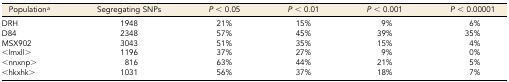
<table><thead><tr><td><b>Population<i><sup>a</sup></i></b></td><td><b>Segregating SNPs</b></td><td><b><i>P</i> &lt; 0.05</b></td><td><b><i>P</i> &lt; 0.01</b></td><td><b><i>P</i> &lt; 0.001</b></td><td><b><i>P</i> &lt; 0.00001</b></td></tr></thead><tbody><tr><td>DRH</td><td>1948</td><td>21%</td><td>15%</td><td>9%</td><td>6%</td></tr><tr><td>D84</td><td>2348</td><td>57%</td><td>45%</td><td>39%</td><td>35%</td></tr><tr><td>MSX902</td><td>3043</td><td>51%</td><td>35%</td><td>15%</td><td>4%</td></tr><tr><td>&lt;lmxll&gt;</td><td>1196</td><td>37%</td><td>27%</td><td>9%</td><td>0%</td></tr><tr><td>&lt;nnxnp&gt;</td><td>816</td><td>63%</td><td>44%</td><td>21%</td><td>5%</td></tr><tr><td>&lt;hkxhk&gt;</td><td>1031</td><td>56%</td><td>37%</td><td>18%</td><td>7%</td></tr></tbody></table>